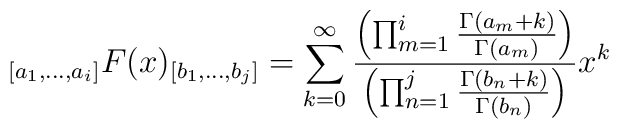
_{[a_1,\ldots,a_i]}F(x)_{[b_1,\ldots,b_j]}= \sum_{k=0}^{\infty} \frac{\left ( \prod_{m=1}^i  \frac{\Gamma(a_m+k)}{\Gamma(a_m)} \right )}{\left ( \prod_{n=1}^j \frac{\Gamma(b_n +k)}{\Gamma(b_n)} \right )} x^k